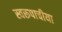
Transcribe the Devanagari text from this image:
स्वरूपाचीया